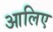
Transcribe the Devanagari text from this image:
आलिए